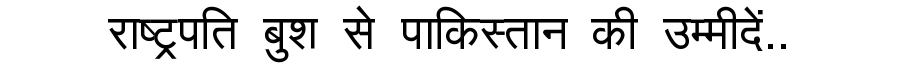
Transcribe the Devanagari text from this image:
राष्ट्रपति बुश से पाकिस्तान की उम्मीदें..